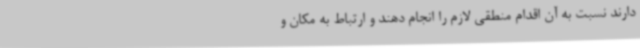
دارند نسبت به آن اقدام منطقی لازم را انجام دهند و ارتباط به مکان و